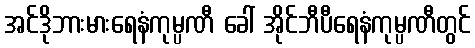
အင်ဒိုဘားမားရေနံကုမ္ပဏီ ခေါ် အိုင်ဘီပီရေနံကုမ္ပဏီတွင်